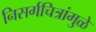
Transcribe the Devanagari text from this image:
निसर्गचित्रांमुळे